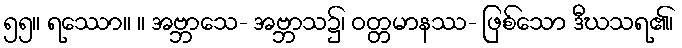
၅၅။ ရဿော။ ။ အဗ္ဘာသေ- အဗ္ဘာသ၌၊ ဝတ္တမာနဿ- ဖြစ်သော ဒီဃသရ၏၊